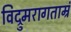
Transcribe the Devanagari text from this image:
विद्रुमरागताम्रं